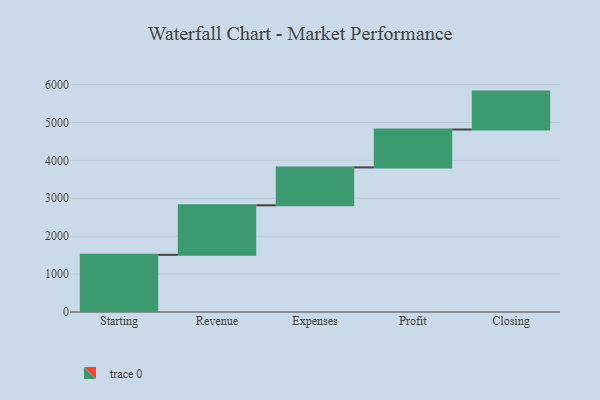
{"axis": {"x": "Step", "y": "Value"}, "legend": [""], "data": [{"x": "Starting", "y": 1508.0, "type": ""}, {"x": "Revenue", "y": 1307.0, "type": ""}, {"x": "Expenses", "y": 1000, "type": ""}, {"x": "Profit", "y": 1000, "type": ""}, {"x": "Closing", "y": 1000, "type": ""}]}